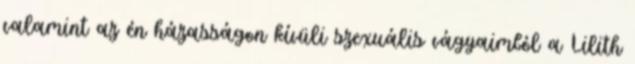
valamint az én házasságon kívüli szexuális vágyaimból a Lilith